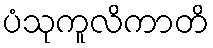
ပံသုကူလိကာတိ